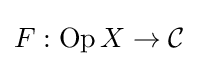
F:\operatorname {Op} X\to {\mathcal {C}}